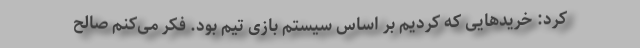
کرد: خریدهایی که کردیم بر اساس سیستم بازی تیم بود. فکر می‌کنم صالح